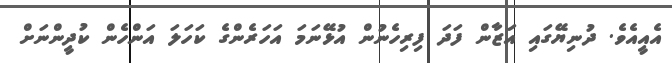
އެއީއެވެ. ދުނިޔޭގައި އަޒާން ފަދަ ފިރިހެނުން އުޅޭނަމަ އަހަރެންގެ ކަހަލަ އަންހެން ކުދީންނަށް